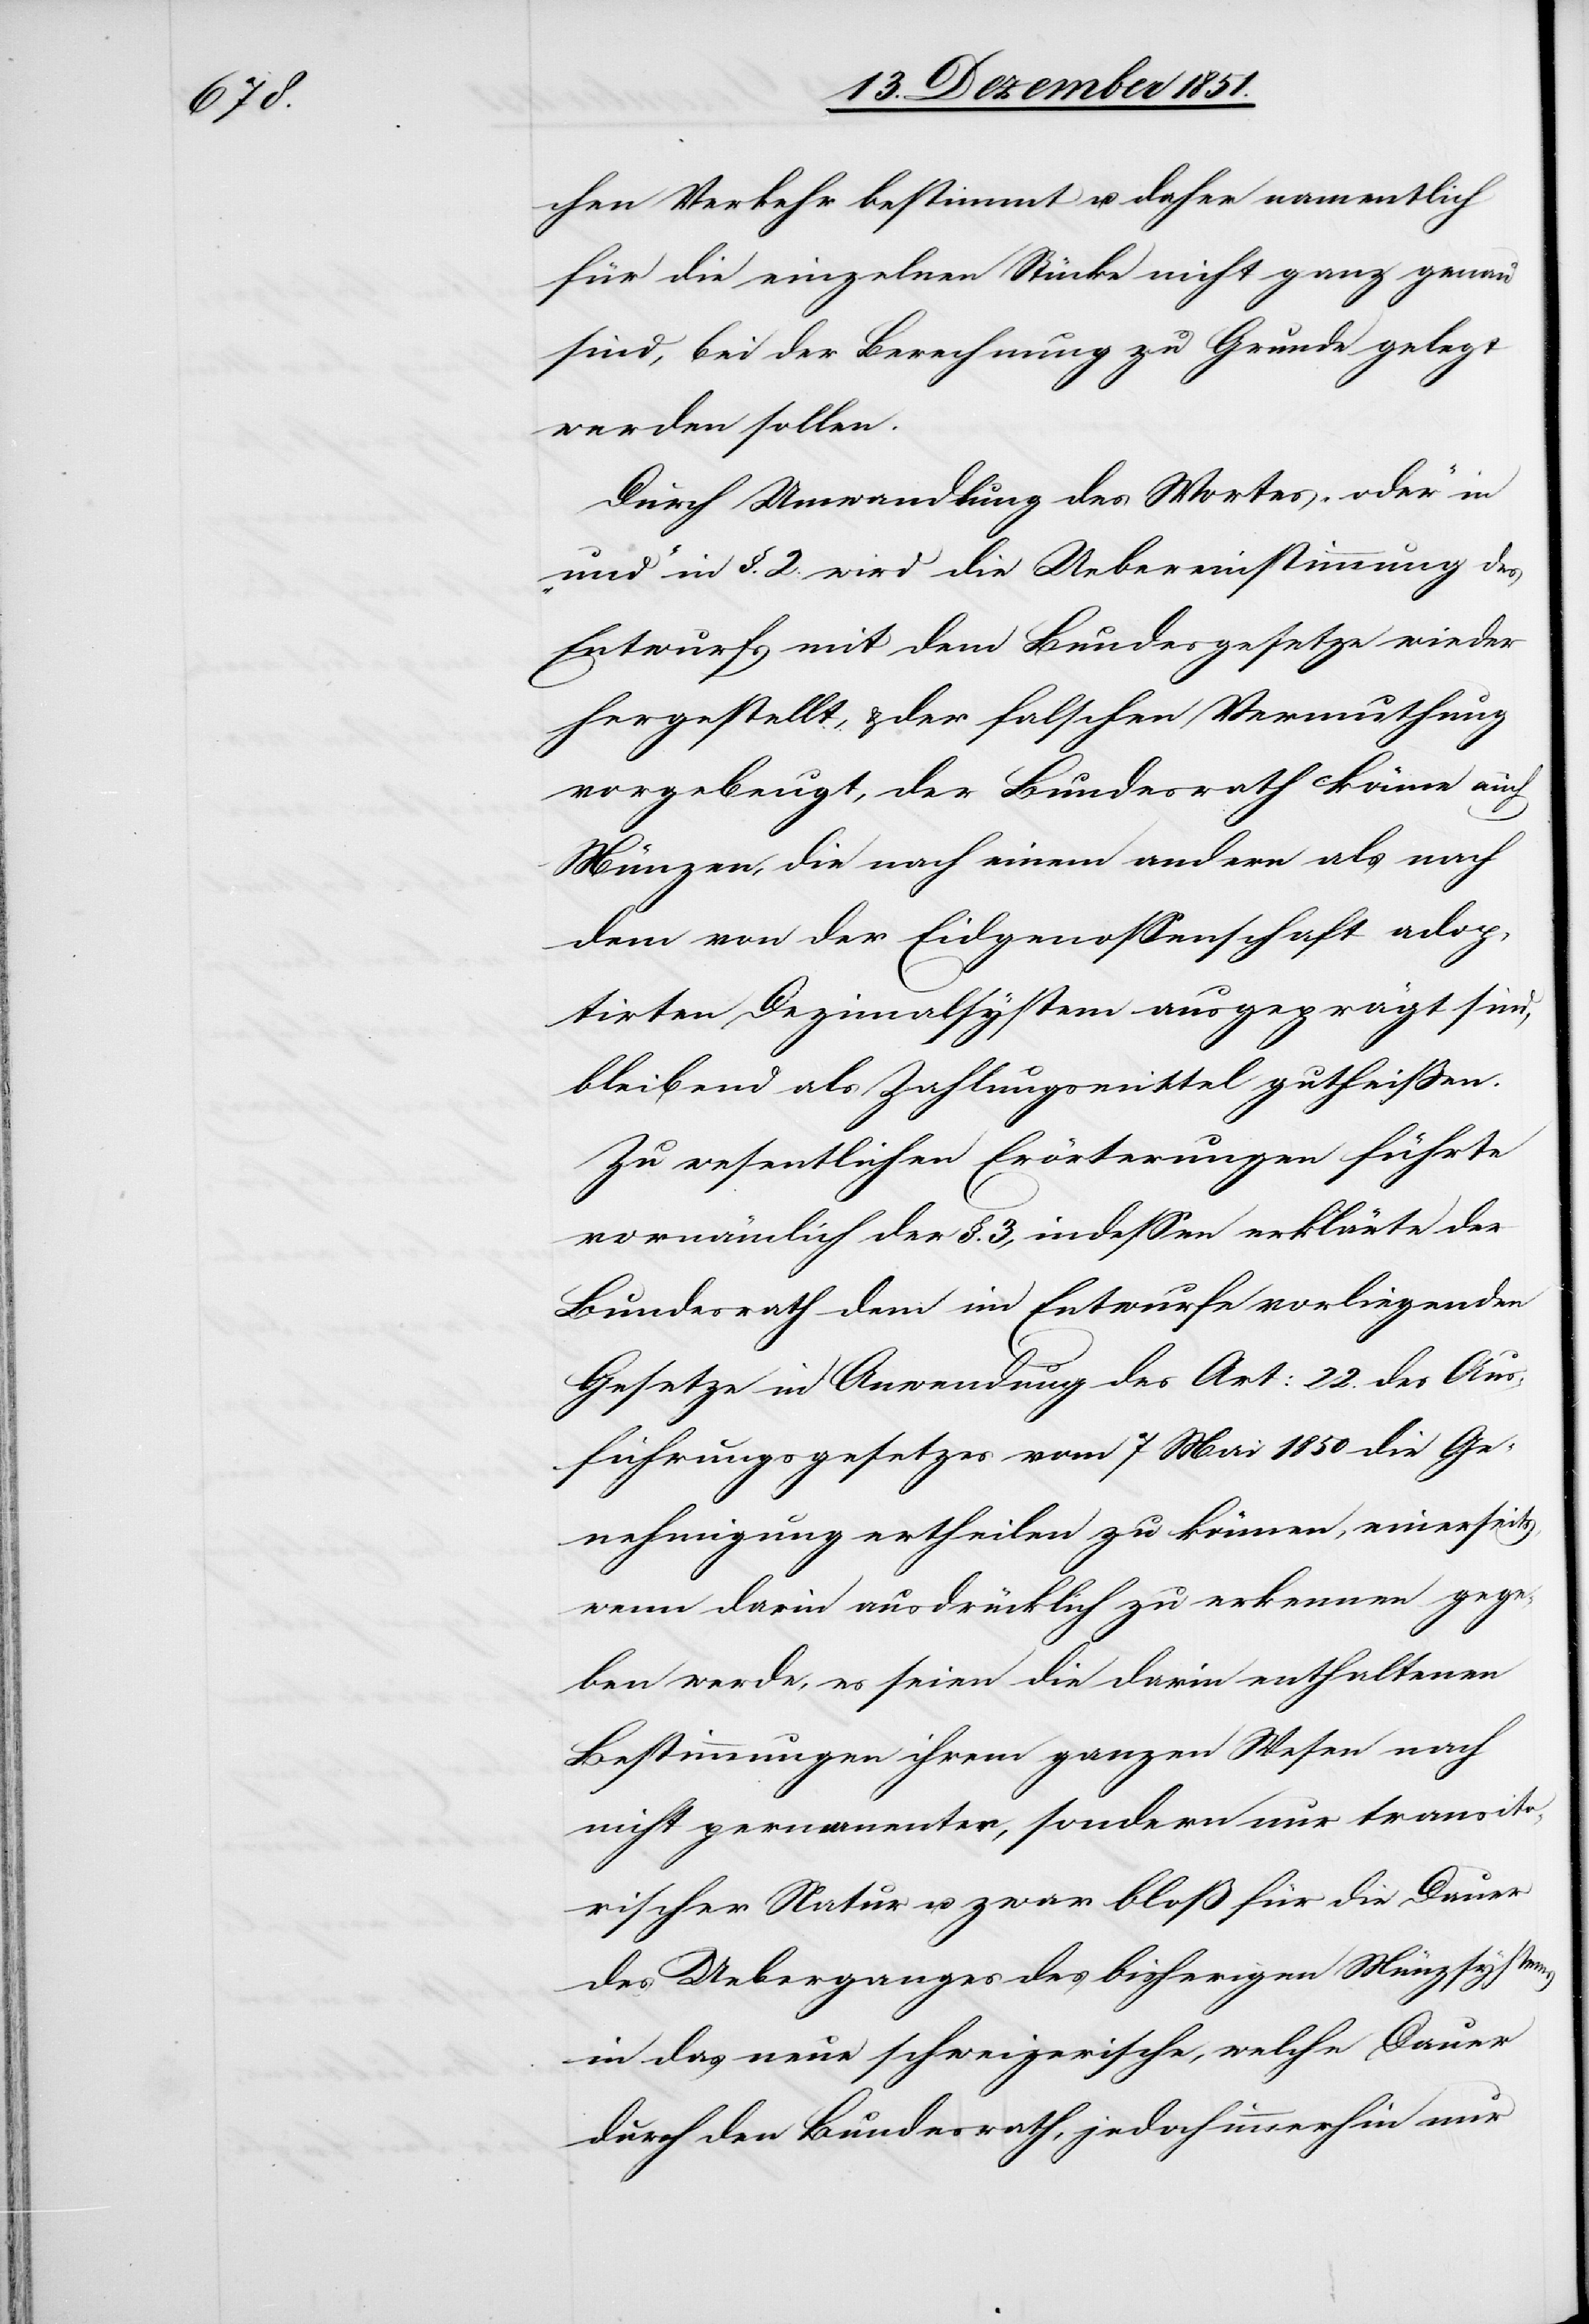
chen Verkehr bestimmt u. daher namentlich
für die einzelnen Stücke nicht ganz genau
sind, bei der Berechnung zu Grunde gelegt
werden sollen.
Durch Umwandlung des Wortes „oder“ in
„und“ in §. 2. wird die Uebereinstimmung des
Entwurfs mit dem Bundesgesetze wieder
hergestellt, & der falschen Vermuthung
vorgebeugt, der Bundesrath könne auch
Münzen, die nach einem andern als nach
dem von der Eidgenossenschaft adop¬
tirten Dezimalsystem ausgeprägt sind,
bleibend als Zahlungsmittel gutheißen.
Zu wesentlichen Erörterungen führte
vornämlich der §. 3., indessen erklärte der
Bundesrath dem im Entwurfe vorliegenden
Gesetze in Anwendung des Art: 22. des Aus¬
führungsgesetzes vom 7 Mai 1850 die Ge¬
nehmigung ertheilen zu können, einerseits,
wenn darin ausdrücklich zu erkennen gege¬
ben werde, es seien die darin enthaltenen
Bestimmungen ihrem ganzen Wesen nach
nicht permanenter, sondern nur transito¬
rischer Natur u. zwar bloß für die Dauer
des Ueberganges des bisherigen Münzsystems
in das neue schweizerische, welche Dauer
durch den Bundesrath, jedoch immerhin nur